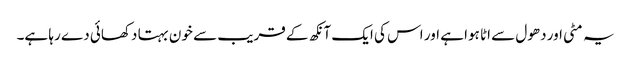
یہ مٹی اور دھول سے اٹا ہوا ہے اور اس کی ایک آنکھ کے قریب سے خون بہتا دکھائی دے رہا ہے۔